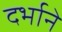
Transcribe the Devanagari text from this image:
दर्भाने